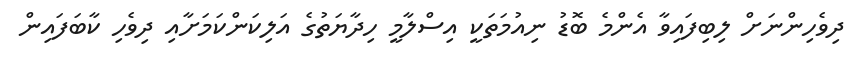
ދިވެހިންނަށް ލިބިފައިވާ އެންމެ ބޮޑު ނިއުމަތަކީ އިސްލާމީ ހިދާޔަތުގެ އަލިކަންކަމަށާއި ދިވެހި ކާބަފައިން